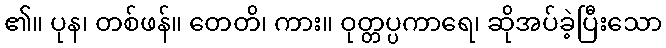
၏။ ပုန၊ တစ်ဖန်။ တေတိ၊ ကား။ ဝုတ္တပ္ပကာရေ၊ ဆိုအပ်ခဲ့ပြီးသော